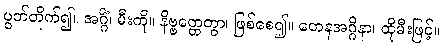
ပွတ်တိုက်၍။ အဂ္ဂိံ၊ မီးကို။ နိဗ္ဗတ္တေတွာ၊ ဖြစ်စေ၍။ တေနအဂ္ဂိနာ၊ ထိုမီးဖြင့်။